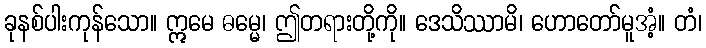
ခုနစ်ပါးကုန်သော။ ဣမေ ဓမ္မေ၊ ဤတရားတို့ကို။ ဒေသိဿာမိ၊ ဟောတော်မူအံ့။ တံ၊